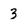
Character: 3